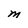
Character: M